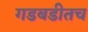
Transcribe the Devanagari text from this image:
गडबडीतच